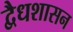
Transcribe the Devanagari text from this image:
द्वैधशासन